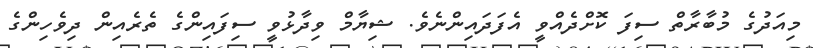
މިއަދުގެ މުބާރާތް ސިފަ ކޮށްދެއްވީ އެފަދައިންނެވެ. ޝިޔާމް ވިދާޅުވީ ސިފައިންގެ ތެރެއިން ދިވެހިންގެ